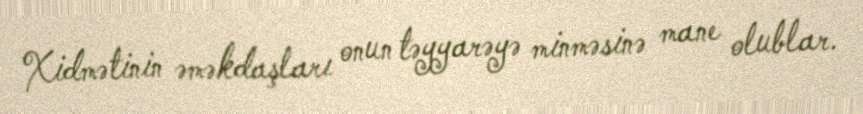
Xidmətinin əməkdaşları onun təyyarəyə minməsinə mane olublar.